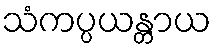
သံကပ္ပယန္တာယ